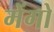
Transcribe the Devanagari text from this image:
मेंगो